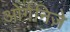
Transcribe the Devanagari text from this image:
ओर्गनिज़े